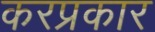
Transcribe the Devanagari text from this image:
करप्रकार